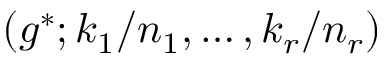
\left( g ^ { * } ; k _ { 1 } / n _ { 1 } , \ldots , k _ { r } / n _ { r } \right)